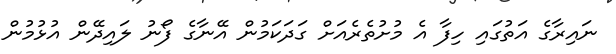
ނައިރާގެ އަތުގައި ހިފާ އެ މުށުތެރެއަށް ގަދަކަމުން އޭނާގެ ފޯނު ލައިދޭން އުޅުމުން